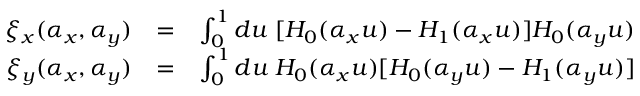
\begin{array} { r l r } { \xi _ { x } ( \alpha _ { x } , \alpha _ { y } ) } & { = } & { \int _ { 0 } ^ { 1 } d u \; [ H _ { 0 } ( \alpha _ { x } u ) - H _ { 1 } ( \alpha _ { x } u ) ] H _ { 0 } ( \alpha _ { y } u ) } \\ { \xi _ { y } ( \alpha _ { x } , \alpha _ { y } ) } & { = } & { \int _ { 0 } ^ { 1 } d u \; H _ { 0 } ( \alpha _ { x } u ) [ H _ { 0 } ( \alpha _ { y } u ) - H _ { 1 } ( \alpha _ { y } u ) ] } \end{array}